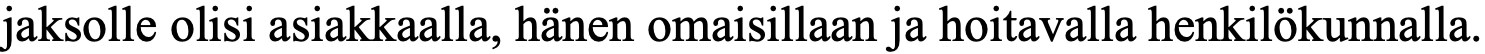
jaksolle olisi asiakkaalla, hänen omaisillaan ja hoitavalla henkilökunnalla.